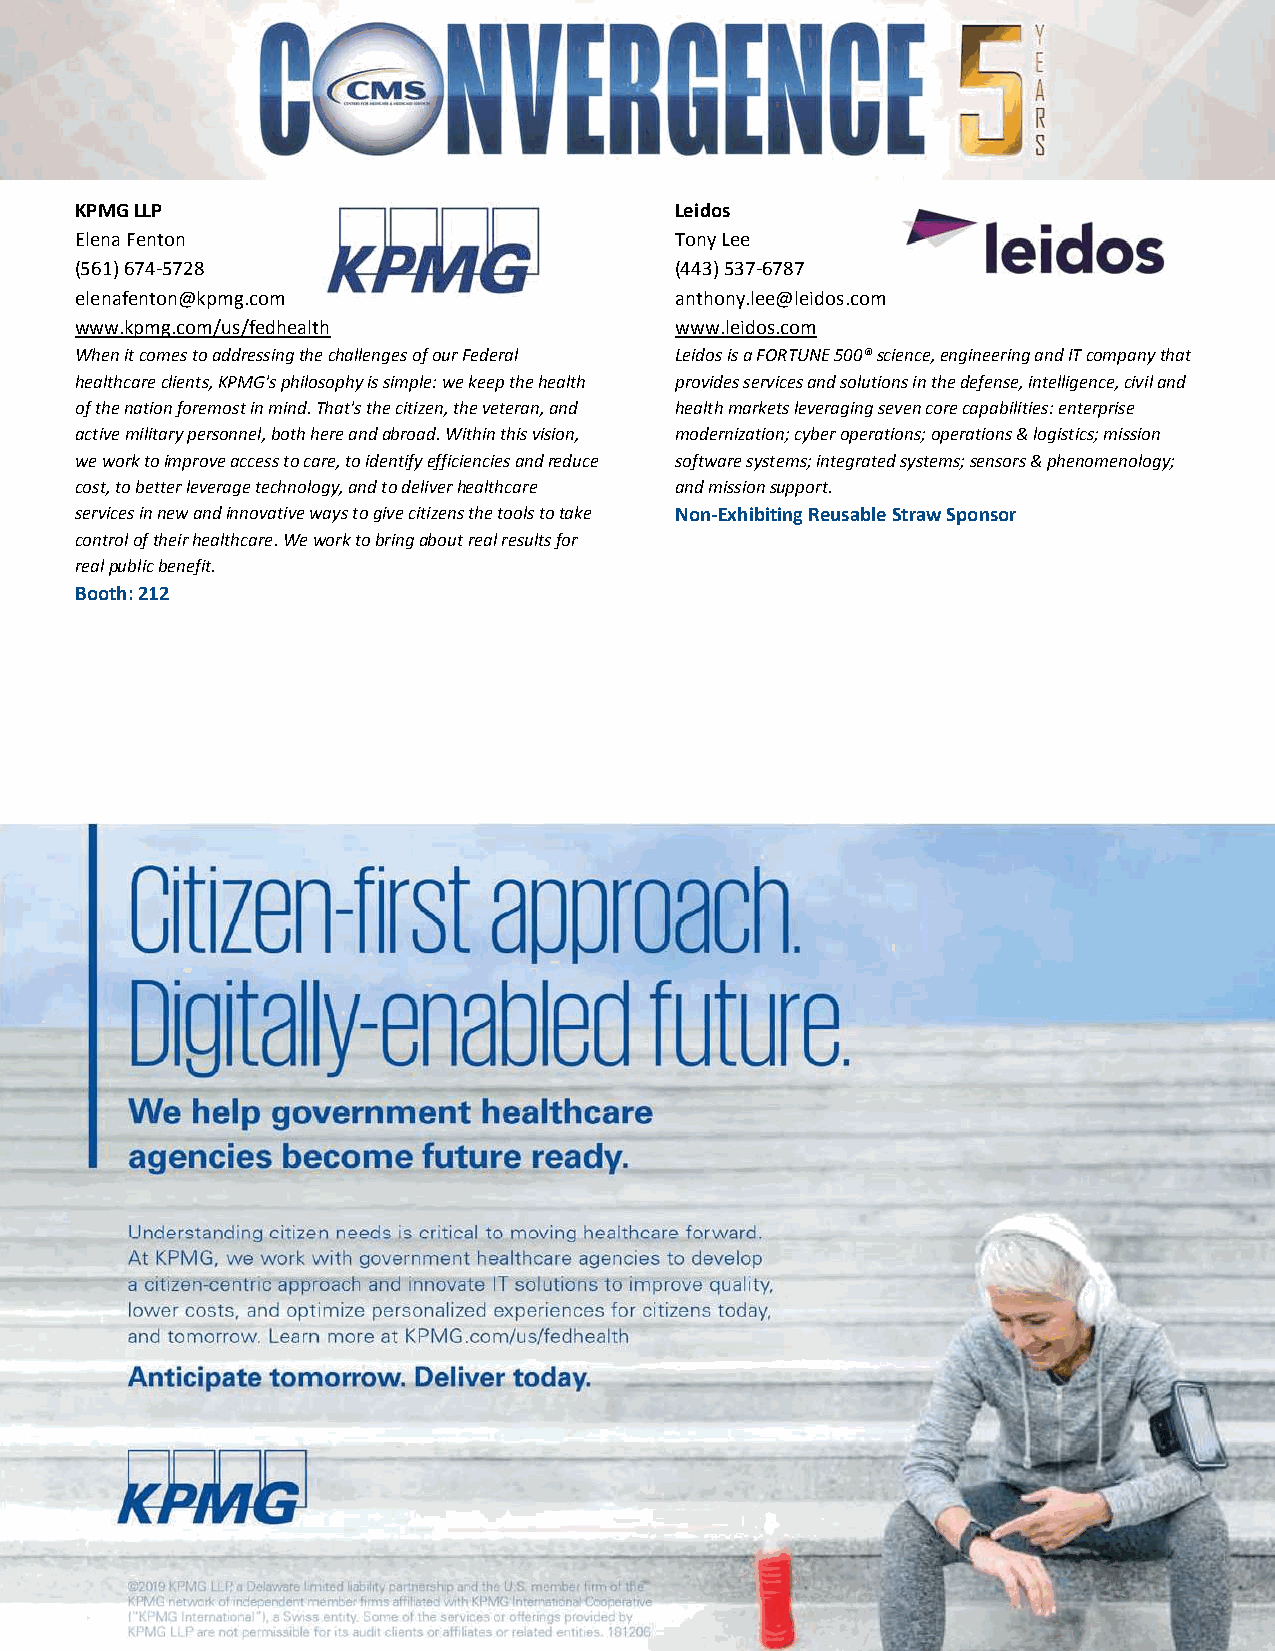
KPMG LLP                                Leidos
 Elena Fenton                            Tony Lee
 (561) 674‐5728                          (443) 537‐6787
 elenafenton@kpmg.com                    anthony.lee@leidos.com
 www.kpmg.com/us/fedhealth               www.leidos.com
 When it comes to addressing the challenges of our Federal Leidos is a FORTUNE 500® science, engineering and IT company that
 healthcare clients, KPMG's philosophy is simple: we keep the health provides services and solutions in the defense, intelligence, civil and
 of the nation foremost in mind. That's the citizen, the veteran, and health markets leveraging seven core capabilities: enterprise
 active military personnel, both here and abroad. Within this vision, modernization; cyber operations; operations & logistics; mission
 we work to improve access to care, to identify efficiencies and reduce software systems; integrated systems; sensors & phenomenology;
 cost, to better leverage technology, and to deliver healthcare and mission support.
 services in new and innovative ways to give citizens the tools to take Non‐Exhibiting Reusable Straw Sponsor
 control of their healthcare. We work to bring about real results for
 real public benefit.
 Booth: 212
 Published as of: 8/2/19